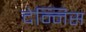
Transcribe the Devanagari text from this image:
देन्निस